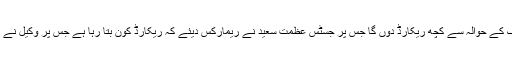
سلمان اکرم راجہ نے کہا کہ کمپنیوں کے مالک کے حوالہ سے کچھ ریکارڈ دوں گا جس پر جسٹس عظمت سعید نے ریمارکس دیئے کہ ریکارڈ کون بتا رہا ہے جس پر وکیل نے کہا کہ ابھی بتا کر اخباری خبر نہیں بنانا چاہتا۔